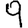
Digit: 9